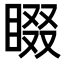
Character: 𭿁